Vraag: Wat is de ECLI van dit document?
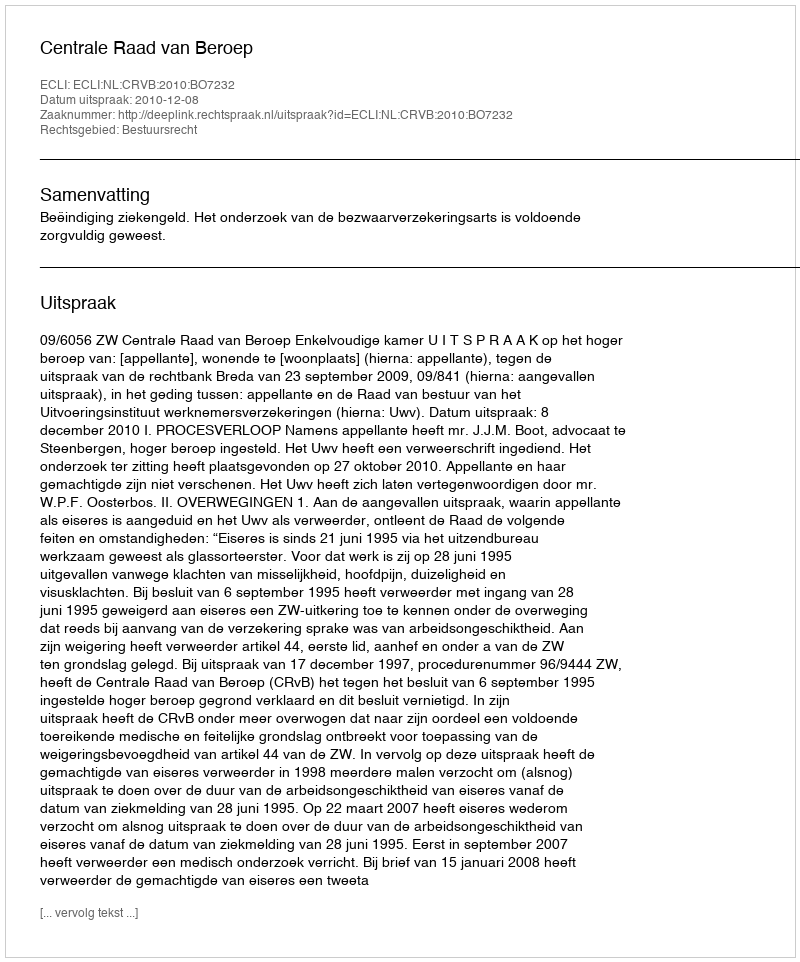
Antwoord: ECLI:NL:CRVB:2010:BO7232